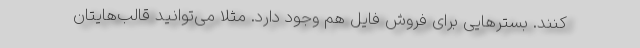
کنند. بسترهایی برای فروش فایل هم وجود دارد. مثلا می‌توانید قالب‌هایتان